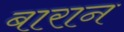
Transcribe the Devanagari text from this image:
बारान